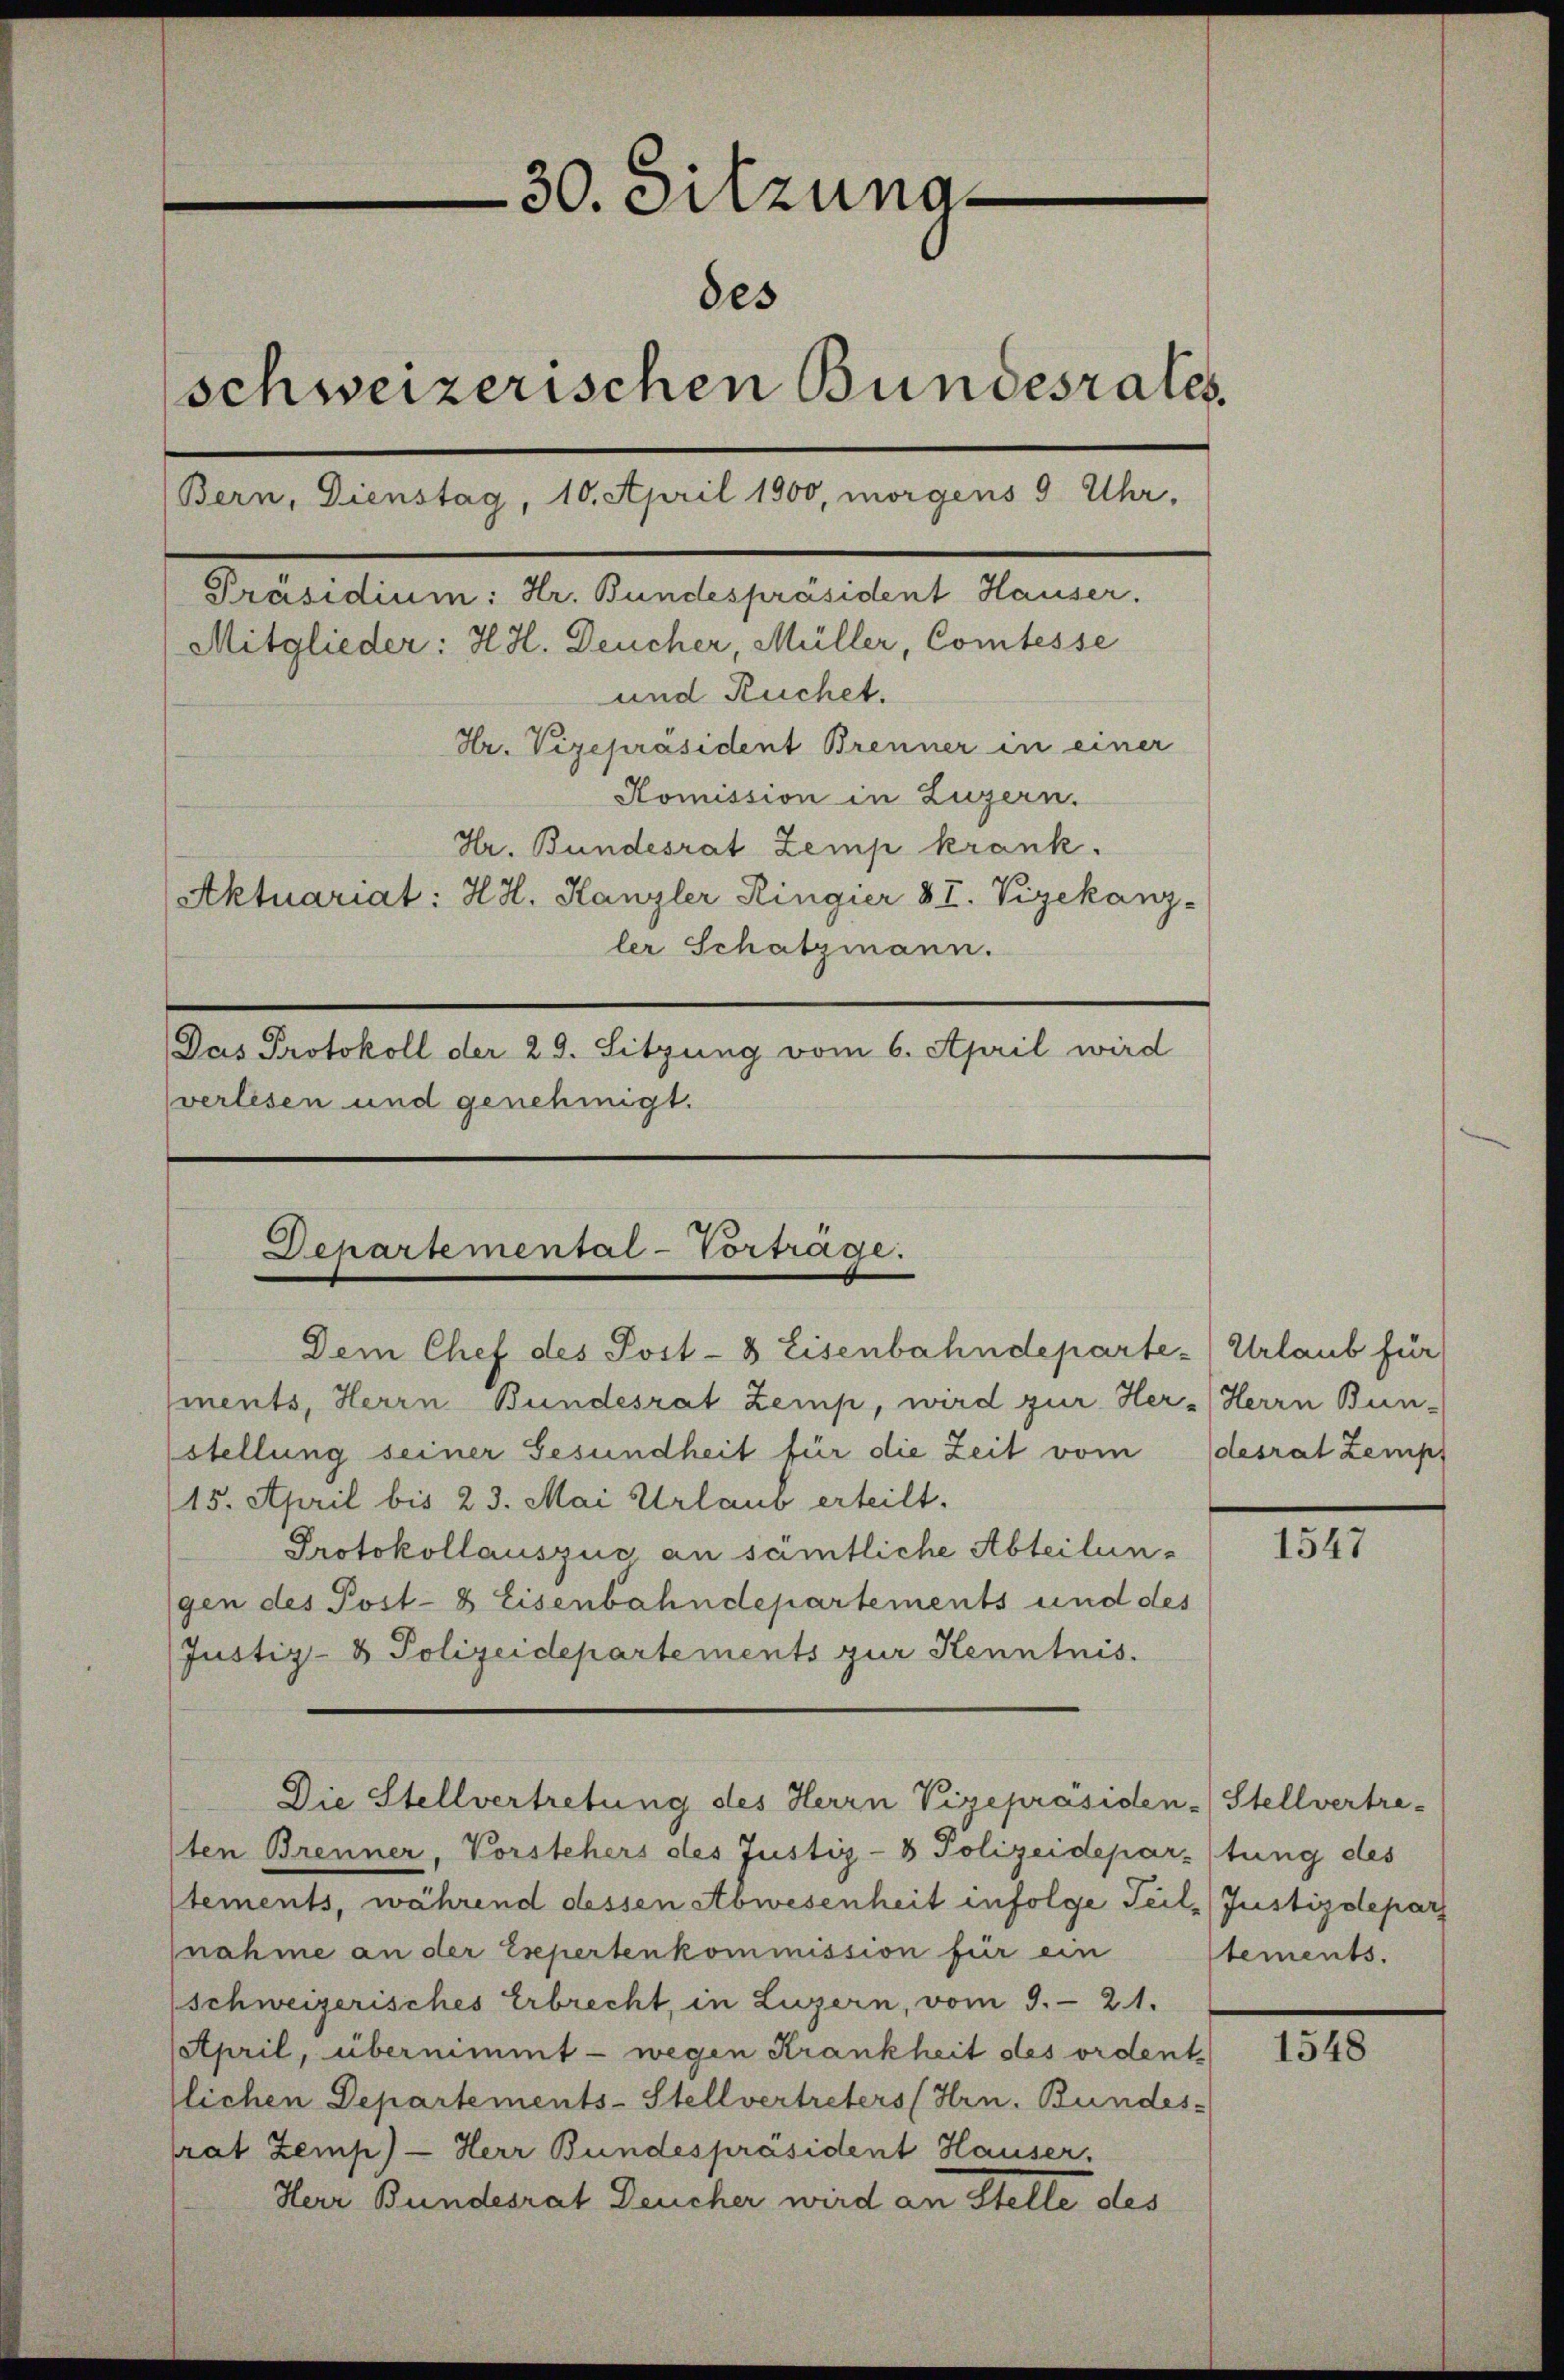
30. Sitzunades
schweizerischen Bundesrates.
Bern, Dienstag, 10. April 1900, morgens 9 Uhr,
Präsidium: Hr. Bundespräsident Hauser.
Mitglieder: H. H. Deucher, Müller, Comtesse
und Ruchet.
Hr. Vizepräsident Brenner in einer
Komission in Luzern.
Hr. Bundesrat Zemp krank.
Aktuariat: HH. Kanzler Ringier VI. Vizekanz-
ler Schatzmann.
Das Protokoll der 29. Sitzung vom 6. April wird
verlesen und genehmigt.

Departemental-Vorträge.
Dem Chef des Post- & Eisenbahndeparte Urlaub für

ments, Herrn Bundesrat Zemp, wird zur Her-Herrn Bun-
stellung seiner Gesundheit für die Zeit vom desrat Zempf
15. April bis 23. Mai Urlaub erteilt.
Protokollauszus an sämtliche Abteilungen des Post- & Eisenbahndepartements und des
Justiz- & Polizeidepartements zur Kenntnis.
Die Stellvertretung des Herrn Vizepräsiden-Stellvertre-
ten Brenner, Vorstehers des Justiz- & Polizeidepartung des
stements, während dessen Abwesenheit infolge Teil, Justizdepar
nahme an der Expertenkommission für ein
(schweizerisches Erbrecht, in Luzern, vom 9. 21.
April, übernimmt - wegen Krankheit des ordent
flichen Departements-Stellvertreters (Hrn. Bundes-
rat Zemp) - Herr Bundespräsident Hauser,
Herr Bundesrat Deucher wird an Stelle des

1547

tements.

1548